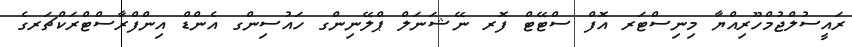
ރައީސުލްޖުމްހޫރިއްޔާ މިނިސްޓަރ އޮފް ސްޓޭޓް ފޮރ ނޭޝަނަލް ޕްލޭނިންގ ހައުސިންގ އެންޑް އިންފްރާސްޓްރަކްޗަރގެ